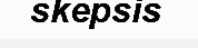
skepsis